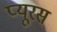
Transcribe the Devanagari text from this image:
प्यूरस